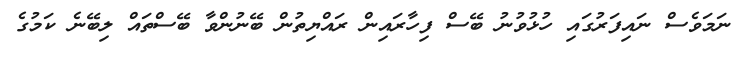
ނަމަވެސް ނައިފަރުގައި ހުޅުވުނު ބޭސް ފިހާރައިން ރައްޔިތުން ބޭނުންވާ ބޭސްތައް ލިބޭނެ ކަމުގެ